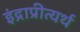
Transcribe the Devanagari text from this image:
इंद्राप्रीत्यर्थ